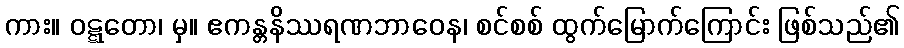
ကား။ ဝဋ္ဋတော၊ မှ။ ဧကန္တနိဿရဏဘာဝေန၊ စင်စစ် ထွက်မြောက်ကြောင်း ဖြစ်သည်၏